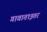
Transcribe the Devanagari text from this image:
गावात१इतर